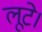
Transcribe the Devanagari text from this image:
लूटे।